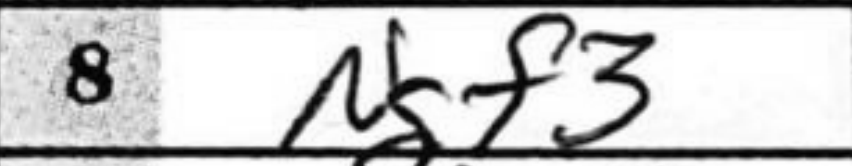
Transcription: Ngf3